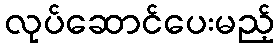
လုပ်ဆောင်ပေးမည့်